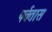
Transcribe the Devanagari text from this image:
पर्वतास